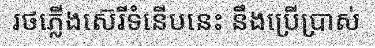
រថភ្លើងស៊េរីទំនើបនេះ នឹងប្រើប្រាស់